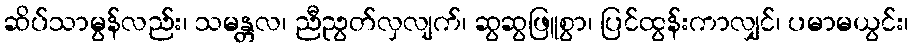
ဆိပ်သာမွန်လည်း၊ သမန္တလ၊ ညီညွတ်လှလျက်၊ ဆွဆွဖြူစွာ၊ ပြင်ထွန်းကာလျှင်၊ ပမာမယွင်း၊